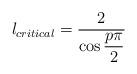
LaTeX: \begin{align*}l_{critical}=\displaystyle\frac{2}{\cos \displaystyle\frac{p\pi }{2}}\end{align*}